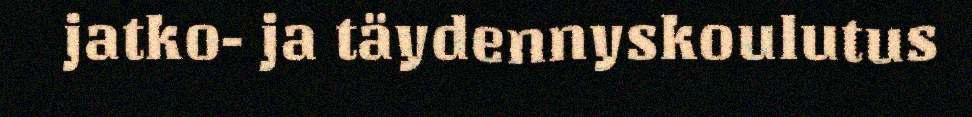
jatko- ja täydennyskoulutus